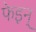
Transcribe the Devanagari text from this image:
फेइन्